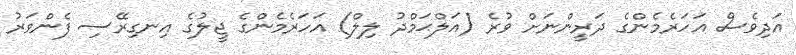
އަދިވެސް އަހަރެމެންގެ ދަރީންނަށް ވުރެ (އަލްޙަމްދު ލިލް) އަހަރެމެންގެ ޖީލުގެ އިނގިރޭސި ފެންވަރު